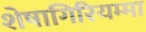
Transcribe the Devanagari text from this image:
शेषागिरियम्मा